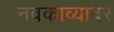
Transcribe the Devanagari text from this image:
नवकाव्यावर